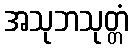
အသုဘသုတ္တံ